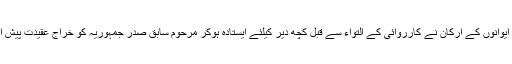
دونوں ایوانوں کے ارکان نے کارروائی کے التواء سے قبل کچھ دیر کیلئے ایستادہ ہوکر مرحوم سابق صدر جمہوریہ کو خراج عقیدت پیش ادا کیا ۔